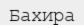
Бахира